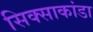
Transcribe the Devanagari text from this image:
सिक्साकांडा